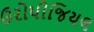
ઉરોપીજિયલ